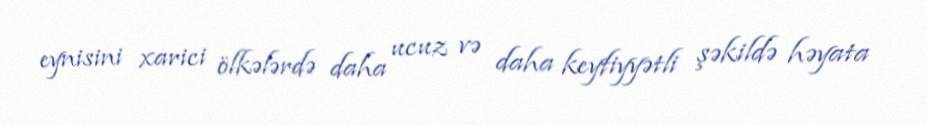
eynisini xarici ölkələrdə daha ucuz və daha keyfiyyətli şəkildə həyata